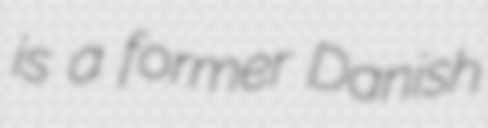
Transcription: is a former Danish